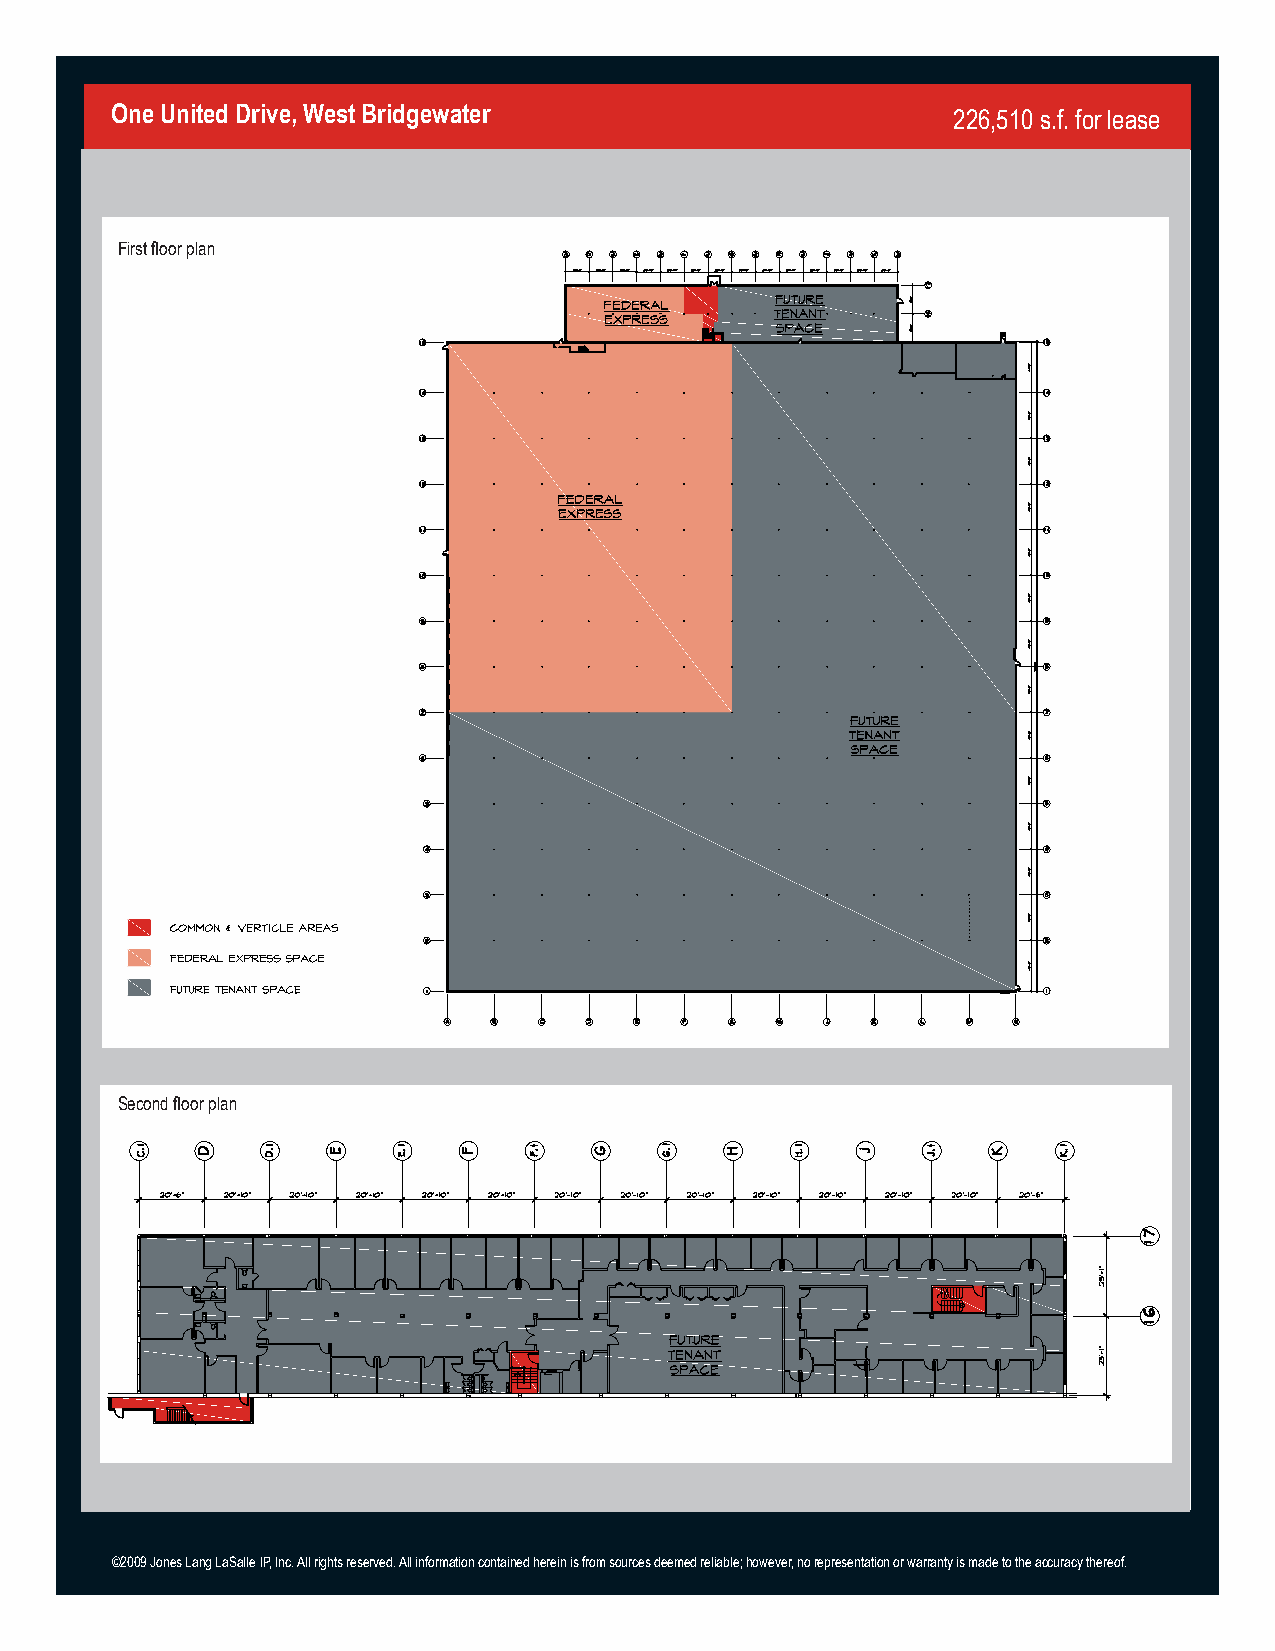
One United Drive, West Bridgewater                      226,510 s.f. for lease
 First floor plan
 Second floor plan
 ©2009 Jones Lang LaSalle IP, Inc. All rights reserved. All information contained herein is from sources deemed reliable; however, no representation or warranty is made to the accuracy thereof.